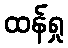
ထန်ရှု